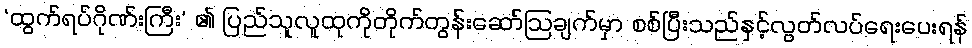
‘ထွက်ရပ်ဂိုဏ်းကြီး’ ၏ ပြည်သူလူထုကိုတိုက်တွန်းဆော်ဩချက်မှာ စစ်ပြီးသည်နှင့်လွတ်လပ်ရေးပေးရန်